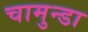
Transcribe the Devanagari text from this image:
चामुन्डा